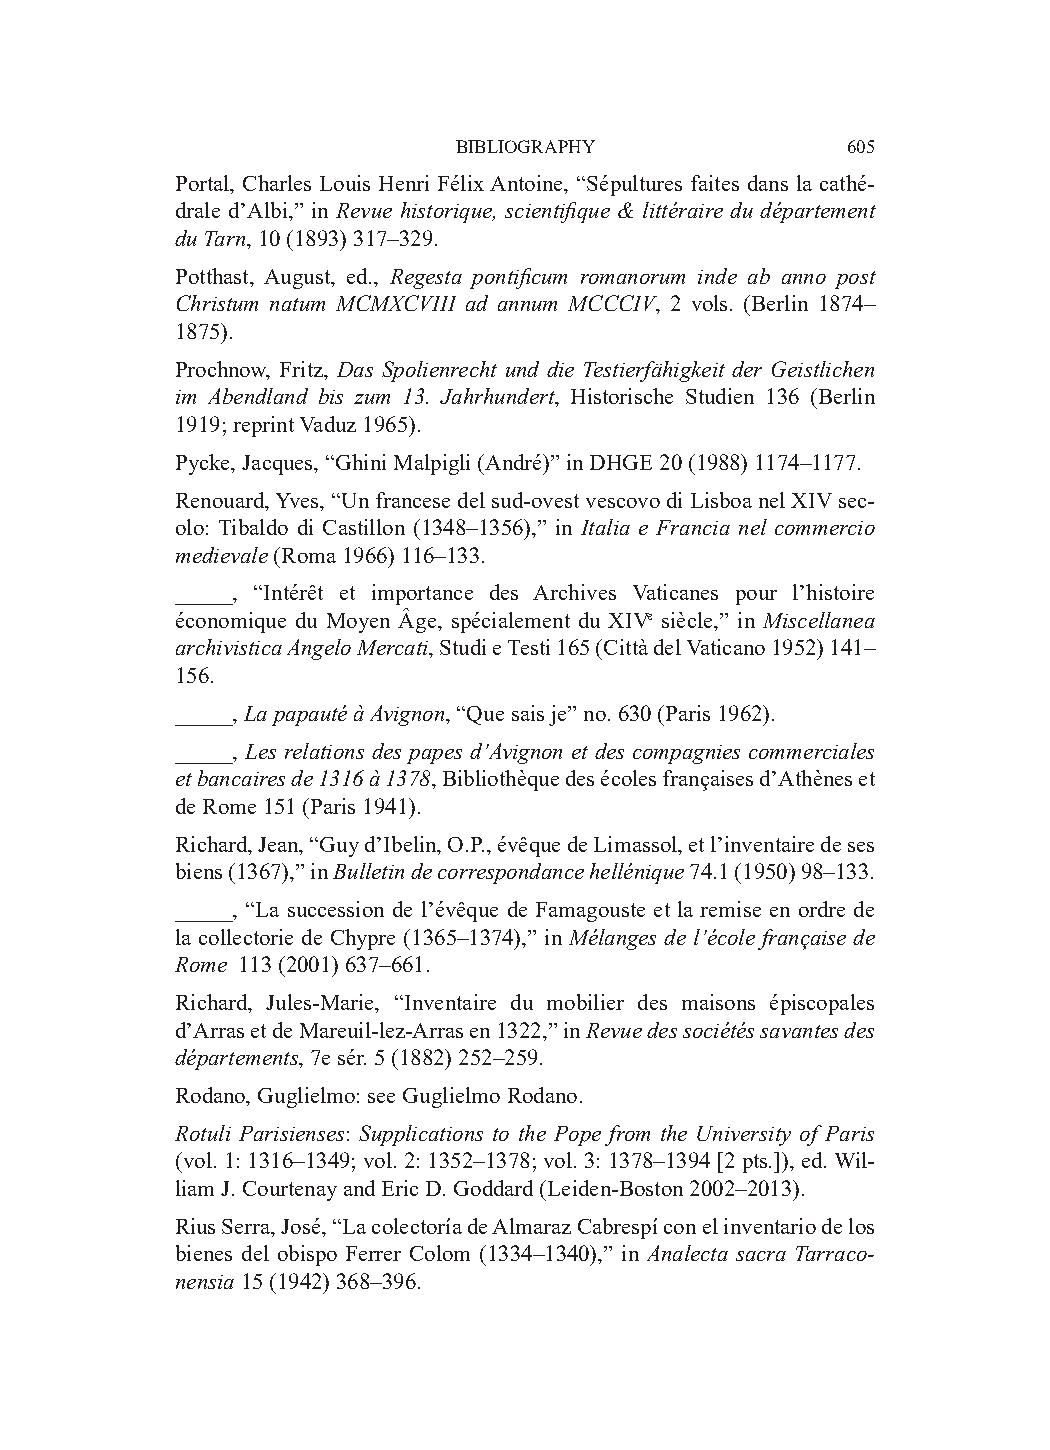
BIBLIOGRAPHY              605
 Portal, Charles Louis Henri Félix Antoine, “Sépultures faites dans la cathé-
 drale d’Albi,” in Revue historique, scientifique & littéraire du département
 du Tarn, 10 (1893) 317–329.
 Potthast, August, ed., Regesta pontificum romanorum inde ab anno post
 Christum natum MCMXCVIII ad annum MCCCIV, 2 vols. (Berlin 1874–
 1875).
 Prochnow, Fritz, Das Spolienrecht und die Testierfähigkeit der Geistlichen
 im Abendland bis zum 13. Jahrhundert, Historische Studien 136 (Berlin
 1919; reprint Vaduz 1965).
 Pycke, Jacques, “Ghini Malpigli (André)” in DHGE 20 (1988) 1174–1177.
 Renouard, Yves, “Un francese del sud-ovest vescovo di Lisboa nel XIV sec-
 olo: Tibaldo di Castillon (1348–1356),” in Italia e Francia nel commercio
 medievale (Roma 1966) 116–133.
 _____, “Intérêt et importance des Archives Vaticanes pour l’histoire
 économique du Moyen Âge, spécialement du XIVe siècle,” in Miscellanea
 archivistica Angelo Mercati, Studi e Testi 165 (Città del Vaticano 1952) 141–
 156.
 _____, La papauté à Avignon, “Que sais je” no. 630 (Paris 1962).
 _____, Les relations des papes d’Avignon et des compagnies commerciales
 et bancaires de 1316 à 1378, Bibliothèque des écoles françaises d’Athènes et
 de Rome 151 (Paris 1941).
 Richard, Jean, “Guy d’Ibelin, O.P., évêque de Limassol, et l’inventaire de ses
 biens (1367),” in Bulletin de correspondance hellénique 74.1 (1950) 98–133.
 _____, “La succession de l’évêque de Famagouste et la remise en ordre de
 la collectorie de Chypre (1365–1374),” in Mélanges de l’école française de
 Rome 113 (2001) 637–661.
 Richard, Jules-Marie, “Inventaire du mobilier des maisons épiscopales
 d’Arras et de Mareuil-lez-Arras en 1322,” in Revue des sociétés savantes des
 départements, 7e sér. 5 (1882) 252–259.
 Rodano, Guglielmo: see Guglielmo Rodano.
 Rotuli Parisienses: Supplications to the Pope from the University of Paris
 (vol. 1: 1316–1349; vol. 2: 1352–1378; vol. 3: 1378–1394 [2 pts.]), ed. Wil-
 liam J. Courtenay and Eric D. Goddard (Leiden-Boston 2002–2013).
 Rius Serra, José, “La colectoría de Almaraz Cabrespí con el inventario de los
 bienes del obispo Ferrer Colom (1334–1340),” in Analecta sacra Tarraco-
 nensia 15 (1942) 368–396.